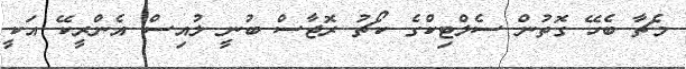
މެެޗާ ބެހޭ ގޮތުން ސެލްޓިކްގެ ކޯޗު ރޮޖާސް ބުނީ ލުއިސް އެންރީކޭ އަކީ